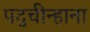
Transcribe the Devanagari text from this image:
पद्चीन्हाना